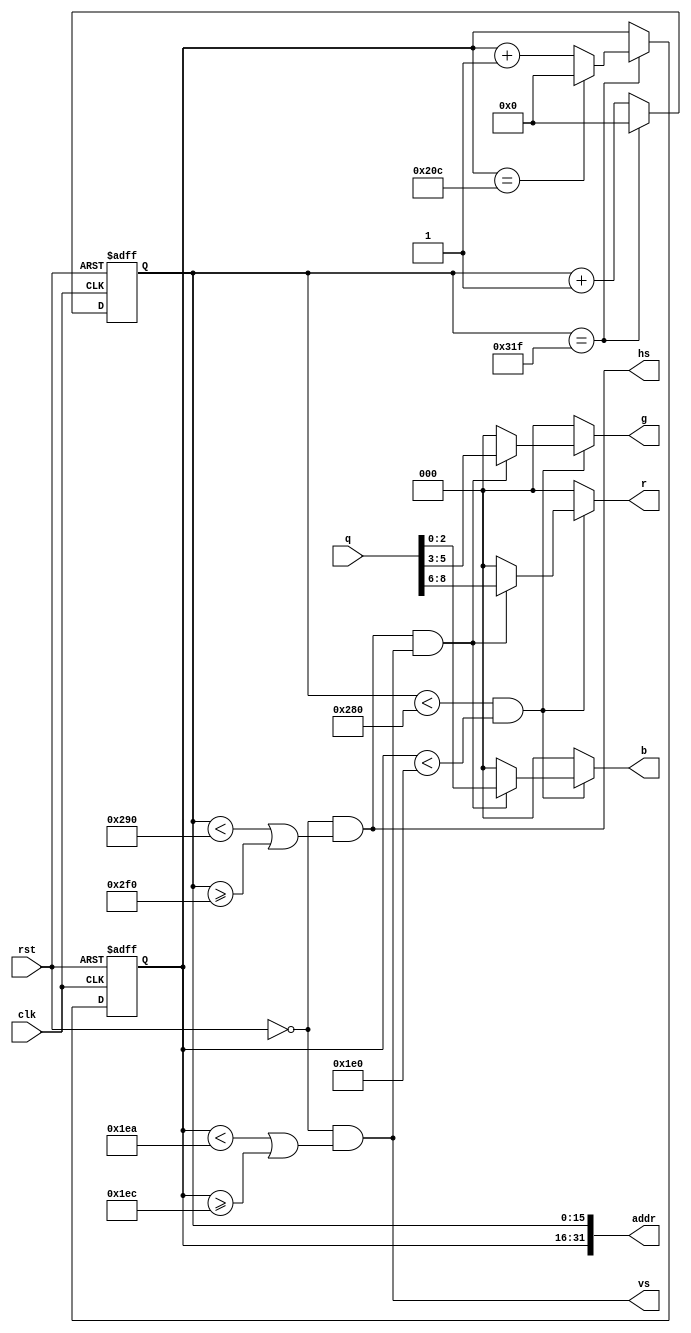
`define Coor 15:0
`define ScreenWidth 16'h031f
`define ScreenHeight 16'h020c
`define ValidWidth 16'h0280
`define ValidHeight 16'h01e0

module vga_ctrl(
	input clk,
	input rst,
	input [8:0] q,
	output wire hs,
	output wire vs,
	output wire [2:0] r,
	output wire [2:0] g,
	output wire [2:0] b,
	output wire [31:0] addr
);
	reg [`Coor] cur_x;
	reg [`Coor] cur_y;
	assign addr = { cur_y, cur_x };

	initial begin
		cur_x = 16'b0;
		cur_y = 16'b0;
	end

	always @(posedge clk or posedge rst) begin
		if (rst) begin
			cur_x <= 16'b0;
			cur_y <= 16'b0;
		end else begin
			cur_x <= (cur_x == `ScreenWidth) ? 16'b0 : (cur_x + 16'h0001);
			cur_y <= (cur_x == `ScreenWidth) ? ((cur_y == `ScreenHeight) ? 16'b0 : (cur_y + 16'h0001)) : cur_y;
		end
	end

	assign hs = !rst && (cur_x < 16'd656 || cur_x >= 16'd752);
	assign vs = !rst && (cur_y < 16'd490 || cur_y >= 16'd492);

	reg [2:0] _r;
	reg [2:0] _g;
	reg [2:0] _b;

	assign r = (cur_x < `ValidWidth && cur_y < `ValidHeight) ? _r : 3'b0;
	assign g = (cur_x < `ValidWidth && cur_y < `ValidHeight) ? _g : 3'b0;
	assign b = (cur_x < `ValidWidth && cur_y < `ValidHeight) ? _b : 3'b0;


	always @(*) begin
		if (hs && vs) begin
			_r <= q[8:6];
			_g <= q[5:3];
			_b <= q[2:0];
		end else begin
			_r <= 3'b000;
			_g <= 3'b000;
			_b <= 3'b000;
		end
	end
endmodule